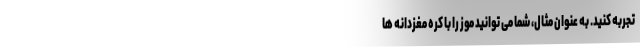
تجربه کنید. به عنوان مثال، شما می توانید موز را با کره مغزدانه ها